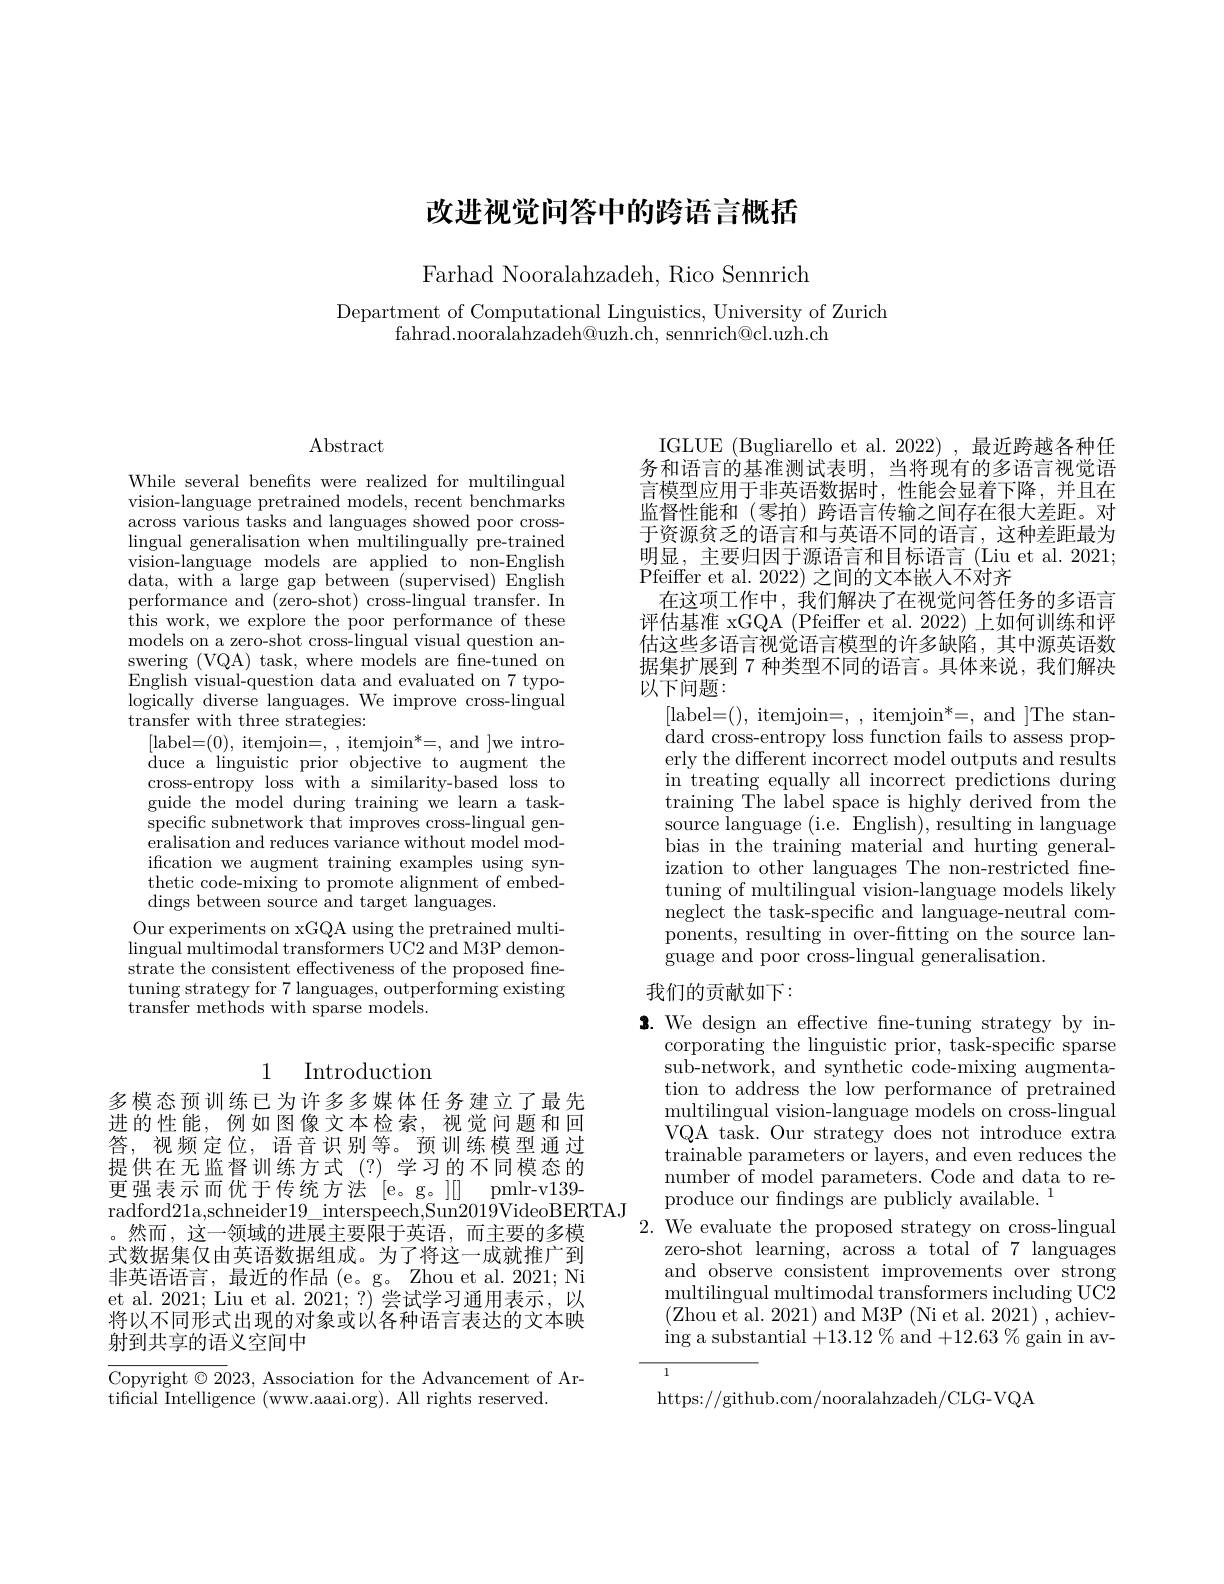
# 改进视觉问答中的跨语言概括

Farhad Nooralahzadeh, Rico Sennrich

Department of Computational Linguistics, University of Zurich
fahrad.nooralahzadeh@uzh.ch, sennrich@cl.uzh.ch

Abstract

While several benefts were realized for multilingual vision-language pretrained models, recent benchmarks across various tasks and languages showed poor crosslingual generalisation when multilingually pre-trained vision-language models are applied to non-English data, with a large gap between (supervised) English performance and (zero-shot) cross-lingual transfer. In this work, we explore the poor performance of these models on a zero-shot cross-lingual visual question answering (VQA) task, where models are fine-tuned on English visual-question data and evaluated on 7 typologically diverse languages. We improve cross-lingual transfer with three strategies:
[label=(0),itemjoin=,,itemjoin$^*=$,and]we introduce a linguistic prior objective to augment the cross-entropy loss with a similarity-based loss to guide the model during training we learn a taskspecific subnetwork that improves cross-lingual generalisation and reduces variance without model modification we augment training examples using synthetic code-mixing to promote alignment of embeddings between source and target languages.
Our experiments on xGQA using the pretrained multi- $\operatorname*{lingual}$multimodal transformers UC2 and M3P demonstrate the consistent effectiveness of the proposed fnetuning strategy for 7 languages, outperforming existing $\bar{\text{transfer methods with sparse models}}.$

## 1 Introduction

多模态预训练已为许多多媒体任务建立了最先进的性能，例如图像文本检索，视觉问题和回答，视频定位，语音识别等。预训练模型通过提供在无监督训练方式(?)学习的不同模态的更强表示而优于传统方法[e。g。][] pmlr-v139- radford21a,schneider$19\_$interspeech,Sun2019VideoBERTAJ
。然而，这一领域的进展主要限于英语，而主要的多模式数据集仅由英语数据组成。为了将这一成就推广到非英语语言，最近的作品(e。g。Zhou et al.2021; Ni et al. 2021; Liu et al. 2021; ?) 尝试学习通用表示，以将以不同形式出现的对象或以各种语言表达的文本映射到共享的语义空间中

Copyright $\odot2023$, Association for the Advancement of Ar-
tificial Intelligence (www.aaai.org). All rights reserved.

据集扩展到 7 种类型不同的语言。具体来说，我们解决
以下间题：

IGLUE (Bugliarello et al. 2022),最近跨越各种任务和语言的基准测试表明，当将现有的多语言视觉语言模型应用于非英语数据时，性能会显着下降，并且在监督性能和 (零拍) 跨语言传输之间存在很大差距。对于资源贫乏的语言和与英语不同的语言，这种差距最为明显，主要归因于源语言和目标语言 (Liu et al. 2021; Pfeiffer et al. 2022) 之间的文本嵌人不对齐
在这项工作中，我们解决了在视觉问答任务的多语言评估基准 xGQA (Pfeiffer et al. 2022) 上如何训练和评估这些多语言视觉语言模型的许多缺陷，其中源英语数
[label=(), itemjoin=, , itemjoin*=, and ]The stan- ${\mathrm{dard~cross-entropy~loss~function~fails~to~assess~prop-}}$ erly the different incorrect model outputs and results in treating equally all incorrect predictions during training The label space is highly derived from the source language (i.e. English), resulting in language bias in the training material and hurting generalization to other languages The non-restricted finetuning of multilingual vision-language models likely neglect the task-specific and language-neutral components, resulting in over-fitting on the source language and poor cross-lingual generalisation.
我们的贡献如下：

$\textbf{2. We design an effective fine- tuning strategy by in- }$
corporating the linguistic prior, task-specific sparse sub-network, and synthetic code-mixing augmentation to address the low performance of pretrained multilingual vision-language models on cross-lingual VQA task. Our strategy does not introduce extra trainable parameters or layers, and even reduces the number of model parameters. Code and data to reproduce our fndings are publicly available. 1
2. We evaluate the proposed strategy on cross-lingual
zero-shot learning, across a total of 7 languages and observe consistent improvements over strong multilingual multimodal transformers including UC2 (Zhou et al. 2021) and M3P (Ni et al. 2021) , achiev- $\operatorname{ing}$a substantial$^\prime+13.12\%$and$+12.63\%$gain in av-

https://github.com/nooralahzadeh/CLG-VQA